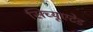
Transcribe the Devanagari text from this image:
सिच्यूएटेड